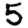
Digit: 5